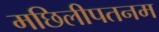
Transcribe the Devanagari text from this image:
मछिलीपतनम